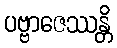
ပဗ္ဗာဇေဿန္တိ